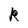
Character: k